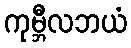
ကုမ္ဘီလဘယံ